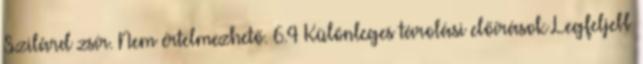
Szilárd zsír. Nem értelmezhető. 6.4 Különleges tárolási előírások Legfeljebb